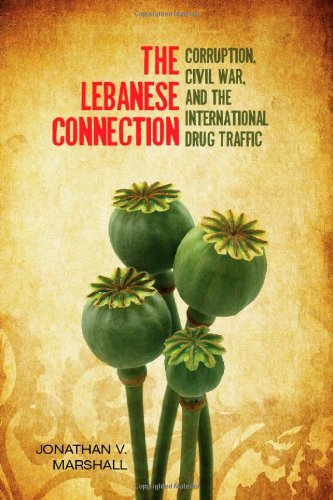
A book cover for The Lebanese Connection: Corruption, Civil War, and the International Drug Traffic (Stanford Studies in Middle Eastern and I); Jonathan Marshall; History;